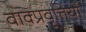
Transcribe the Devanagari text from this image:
वाक्प्रवृत्तियों